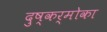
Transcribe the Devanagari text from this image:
दुष्कर्मोका